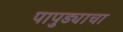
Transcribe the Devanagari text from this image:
पापुड्याचा